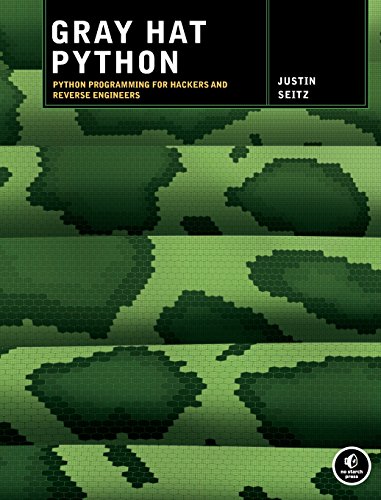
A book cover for Gray Hat Python: Python Programming for Hackers and Reverse Engineers; Justin Seitz; Computers & Technology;